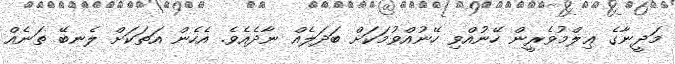
މަދީނާގެ ޢިލްމުވެރީން ހޭނުއްވި ހޭނުއްވުމަކަށް ބަދަލެއް ނާދެއެވެ. އެހެން އަތަކަށް ލެނބޭ ތަނެއް